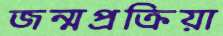
জন্মপ্রক্রিয়া